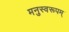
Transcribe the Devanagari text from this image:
मनुस्वरूपम्